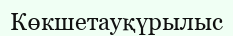
Көкшетауқүрылыс